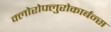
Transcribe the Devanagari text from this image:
क्लोरोफ्लुरोकार्बन्स